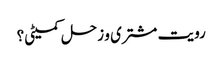
رویت مشتری و زحل کمیٹی؟